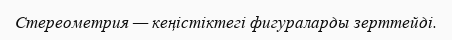
Стереометрия — кеңістіктегі фигураларды зерттейді.